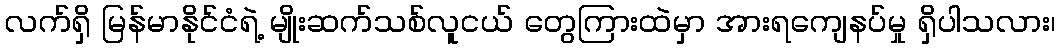
လက်ရှိ မြန်မာနိုင်ငံရဲ့ မျိုးဆက်သစ်လူငယ် တွေကြားထဲမှာ အားရကျေနပ်မှု ရှိပါသလား၊